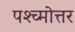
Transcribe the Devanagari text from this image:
पश्च्मोत्तर